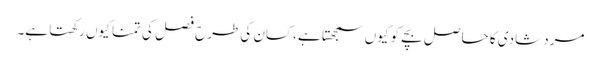
مرد شادی کا حاصل بچے کو کیوں سمجھتا ہے ،کسان کی طرح فصل کی تمنا کیوں رکھتا ہے۔